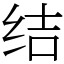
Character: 结